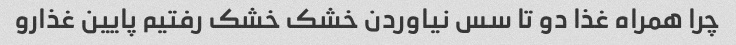
چرا همراه غذا دو تا سس نیاوردن خشک خشک رفتیم پایین غذارو